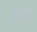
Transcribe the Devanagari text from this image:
केचक्र